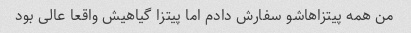
من همه پیتزاهاشو سفارش دادم اما پیتزا گیاهیش واقعا عالی بود